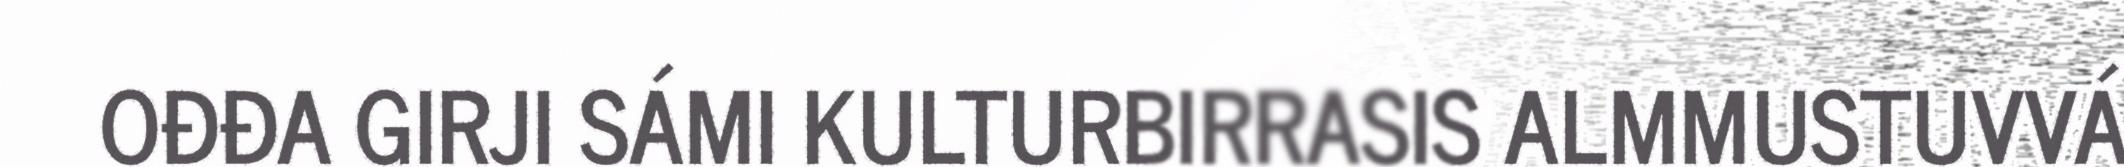
OĐĐA GIRJI SÁMI KULTURBIRRASIS ALMMUSTUVVÁ